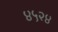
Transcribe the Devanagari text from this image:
४५२४